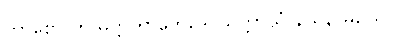
ကာစော တု မတ္တိကာဘေဒေ၊ သိက္ကာယံ နယနာမယေ။